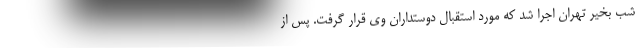
شب بخیر تهران اجرا شد که مورد استقبال دوستداران وی قرار گرفت. پس از